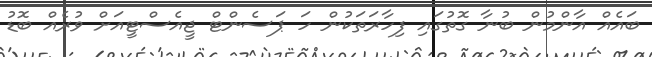
ބައެއް އާންމުން ބުނާ ގޮތުގައި ފިހާރަތަކުން ހަ ޕަސެންޓް ޖީއެސްޓީއަށް ވުރެއް ބޮޑު